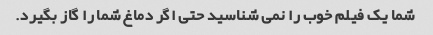
شما یک فیلم خوب را نمی شناسید حتی اگر دماغ شما را گاز بگیرد.